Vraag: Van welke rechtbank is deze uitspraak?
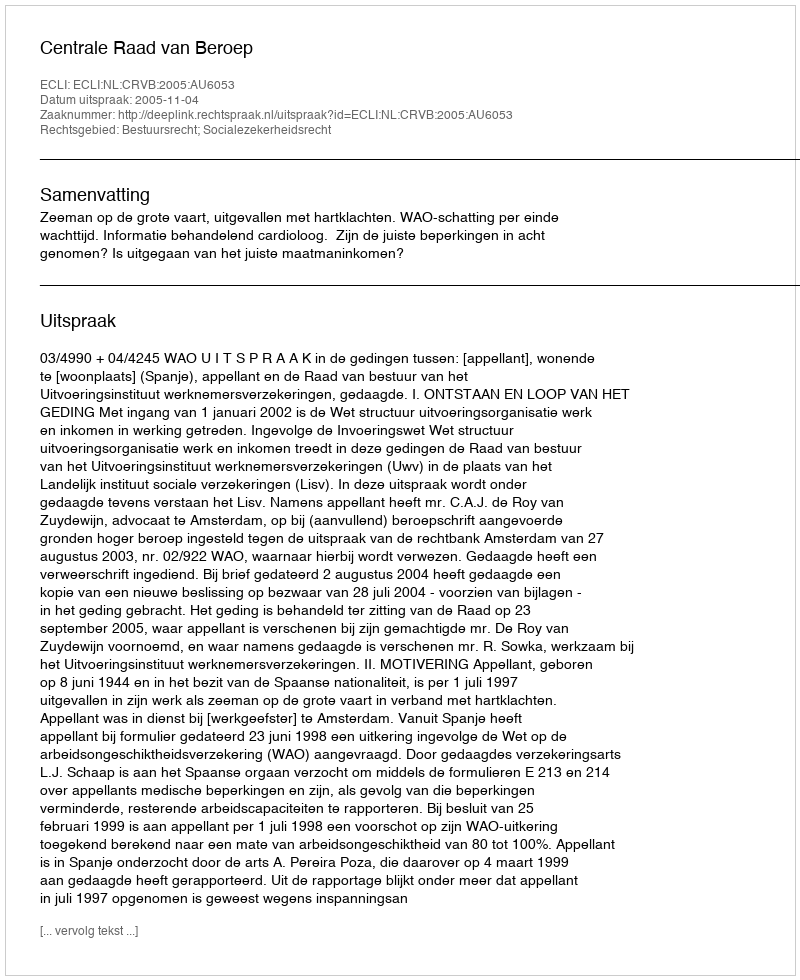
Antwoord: Centrale Raad van Beroep